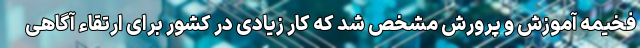
فخیمه آموزش و پرورش مشخص شد که کار زیادی در کشور برای ارتقاء آگاهی